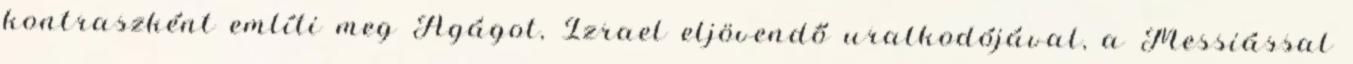
kontraszként említi meg Agágot, Izrael eljövendő uralkodójával, a Messiással